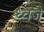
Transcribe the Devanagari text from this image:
ध्वजे